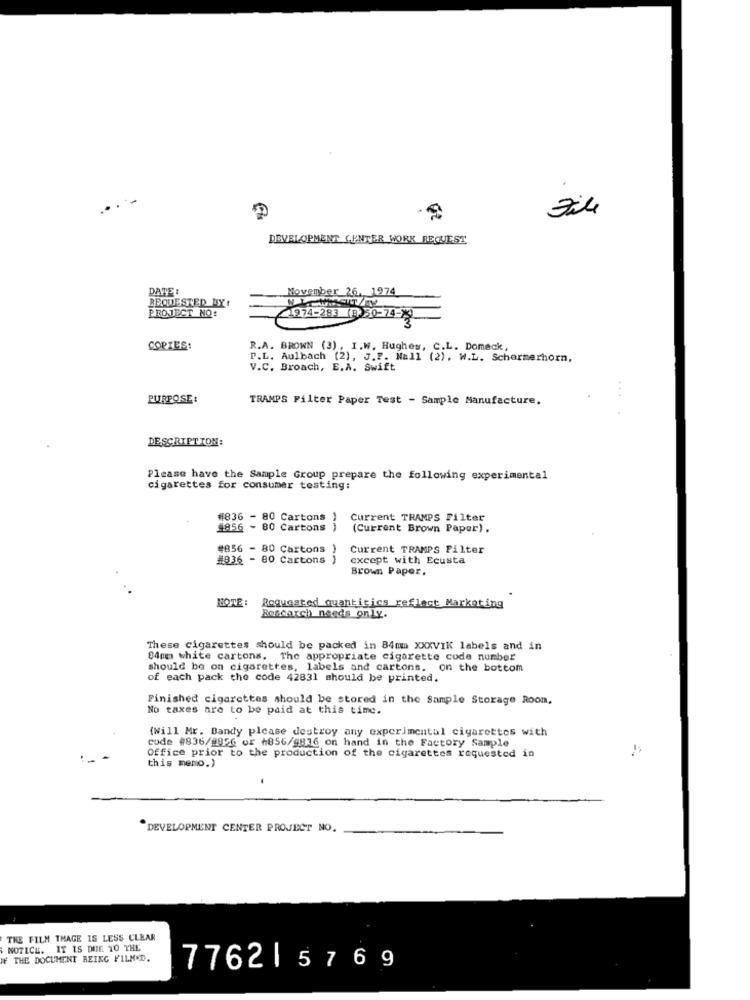
DEVELOPMENT CENTER WORK REQUEST
DATE :
Movember 26, 1974
REQUESTED BY:
PROJECT NO:
21974-283 (R 30-74-3)
COPIES:
R.A. BROWN (3) , I.W. Hughes, C.L. Domeck,
P.L. Aulbach (2), J.P. Mall (2). W.L. Schermerhorn,
V.C. Broach, E.A. Swift
PURPOSE:
TRAMPS Filter Paper Test - Sample Manufacture.
...
DESCRIPTION:
Please have the Sample Group prepare the following experimental
cigarettes for consumer testing:
#836 - 80 Cartons )
Current TRAMPS Filter
#856 - 80 Cartons
(Current Brown Paper).
#856 - 80 Cartons )
Current TRAMPS Filter
#836 - 80 Cartons )
except with Ecusta
Brown Paper.
NOTE :
Requested quantitics reflect Marketing
Rescarch needs only.
These cigarettes should be packed in 84mm XXXVIK labels and in
84mm white cartons. The appropriate cigarette code number
should be on cigarettes, labels and cartons. on the bottom
of each pack the code 42831 should be printed.
Finished cigarettes should be stored in the Sample Storage Room,
No taxes are to be paid at this time.
(Will Mr. Bandy please destroy any experimental cigarettes with
code #836/8856 or +856/9836 on hand in the Factory Sample
Office prior to the production of the cigarettes requested in
this memo.)
DEVELOPMENT CENTER PROJECT NO.
THE FILM THAGE IS LESS CLEAR
NOTICE. IT IS DUE 10 THE
# THE DOCUMENT BEING FILM.D.
7762|5769